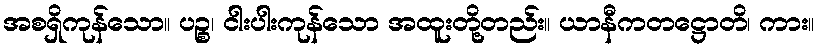
အစရှိကုန်သော။ ပဉ္စ၊ ငါးပါးကုန်သော အထူးတို့တည်း။ ယာနီကတဋ္ဌောတိ၊ ကား။